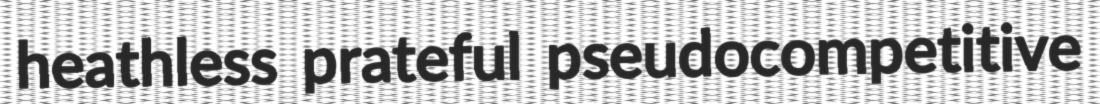
heathless prateful pseudocompetitive